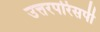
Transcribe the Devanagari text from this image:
उत्तरपरिसर्पी